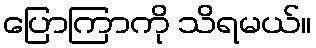
ပြောကြာကို သိရမယ်။